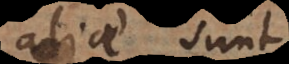
aliae sunt